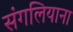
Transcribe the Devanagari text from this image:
संगलियाना